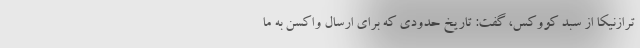
ترازنیکا از سبد کووکس، گفت: تاریخ حدودی که برای ارسال واکسن به ما